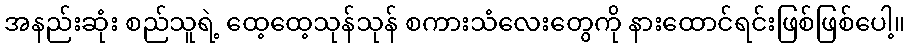
အနည်းဆုံး စည်သူရဲ့ ထေ့ထေ့သုန်သုန် စကားသံလေးတွေကို နားထောင်ရင်းဖြစ်ဖြစ်ပေါ့။